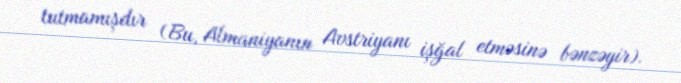
tutmamışdır (Bu, Almaniyanın Avstriyanı işğal etməsinə bənzəyir).